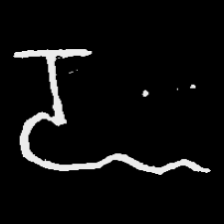
Pyu character \u2014 Myanmar letter: ဍ (romanized: dda)